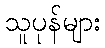
သူပုန်များ